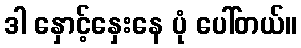
ဒါ နှောင့်နှေးနေ ပုံ ပေါ်တယ်။